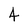
Character: 4